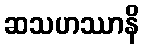
ဆသဟဿာနိ